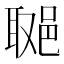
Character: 𨛿